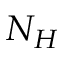
N _ { H }